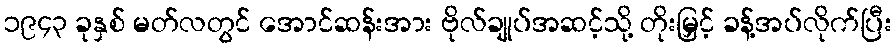
၁၉၄၃ ခုနှစ် မတ်လတွင် အောင်ဆန်းအား ဗိုလ်ချုပ်အဆင့်သို့ တိုးမြှင့် ခန့်အပ်လိုက်ပြီး